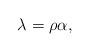
LaTeX: \begin{align*}\lambda = \rho \alpha,\end{align*}